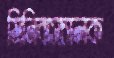
মিনিবাসচালক